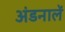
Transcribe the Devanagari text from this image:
अंडनालें